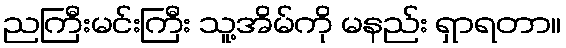
ညကြီးမင်းကြီး သူ့အိမ်ကို မနည်း ရှာရတာ။